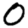
Digit: 0